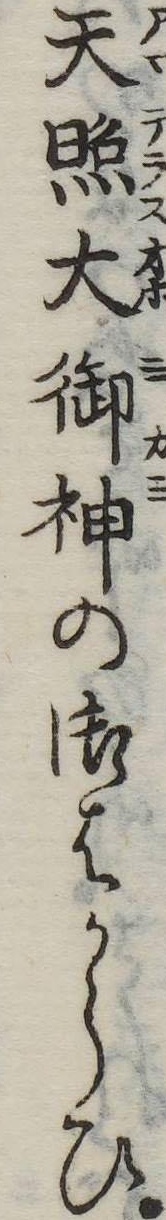
天照大御神の御はからひ